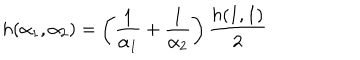
LaTeX: h ( \alpha _ { 1 } , \alpha _ { 2 } ) = \left( \frac { 1 } { \alpha _ { 1 } } + \frac { 1 } { \alpha _ { 2 } } \right) \frac { h ( 1 , 1 ) } { 2 }